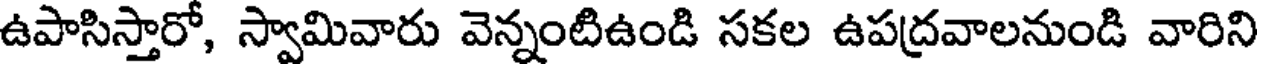
ఉపాసిస్తారో, స్వామివారు వెన్నంటిఉండి సకల ఉపద్రవాలనుండి వారిని